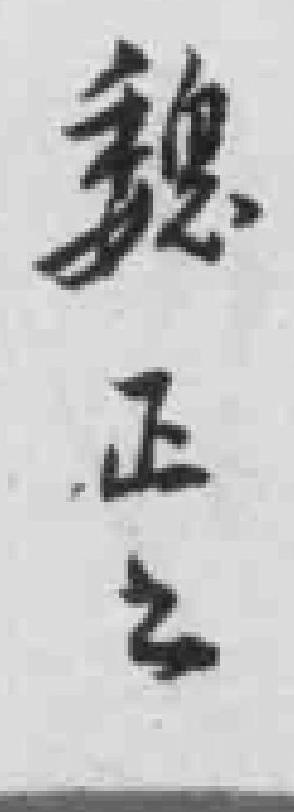
魏正公